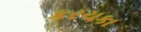
કરચકા